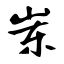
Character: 岽